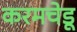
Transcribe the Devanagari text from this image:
करमचेडू